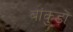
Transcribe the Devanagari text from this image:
बांकुड़ों